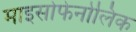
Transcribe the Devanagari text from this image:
माइसोफेनोलिक